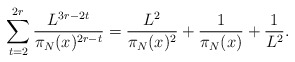
\begin{align*}\sum_{t=2}^{2r} \frac{L^{3r - 2t}}{\pi_N(x)^{2r - t}} = \frac{L^2}{\pi_N(x)^2} + \frac{1}{\pi_N(x)} + \frac{1}{L^2}.\end{align*}